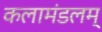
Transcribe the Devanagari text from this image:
कलामंडलम्‌